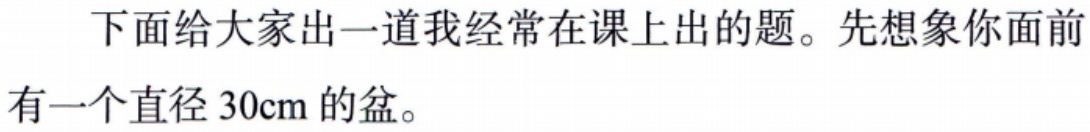
下面给大家出一道我经常在课上出的题。先想象你面前有一个直径 \(30\text{cm}\) 的盆。